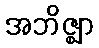
အဘိဇ္ဈာ